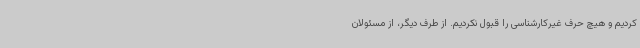
کردیم و هیچ حرف غیرکارشناسی را قبول نکردیم. از طرف دیگر، از مسئولان